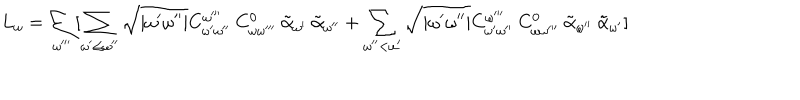
LaTeX: L _ { \omega } = \sum _ { \omega ^ { \prime \prime \prime } } [ \sum _ { \omega ^ { \prime } \leq \omega ^ { \prime \prime } } \sqrt { | \omega ^ { \prime } \omega ^ { \prime \prime } | } C _ { \omega ^ { \prime } \omega ^ { \prime \prime } } ^ { \omega ^ { \prime \prime \prime } } \: C _ { \omega \omega ^ { \prime \prime \prime } } ^ { 0 } \: \tilde { \alpha } _ { \omega ^ { \prime } } \: \tilde { \alpha } _ { \omega ^ { \prime \prime } } + \sum _ { \omega ^ { \prime \prime } < \omega ^ { \prime } } \sqrt { | \omega ^ { \prime } \omega ^ { \prime \prime } | } C _ { \omega ^ { \prime } \omega ^ { \prime \prime } } ^ { \omega ^ { \prime \prime \prime } } \: C _ { \omega \omega ^ { \prime \prime \prime } } ^ { 0 } \: \tilde { \alpha } _ { \omega ^ { \prime \prime } } \: \tilde { \alpha } _ { \omega ^ { \prime } } ]